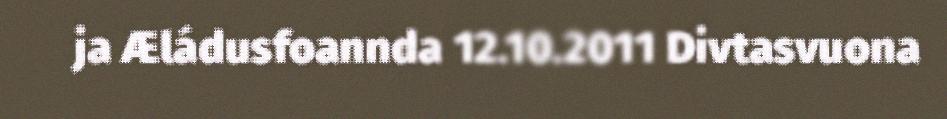
ja Æládusfoannda 12.10.2011 Divtasvuona